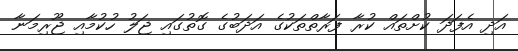
އަދި އެފަދަ ކުށްތައް ކުރާ ފަރާތްތަކުގެ އަދަބުގެ ގޮތުގައި ޖަލު ހުކުމާއި ޖޫރިމަނާ